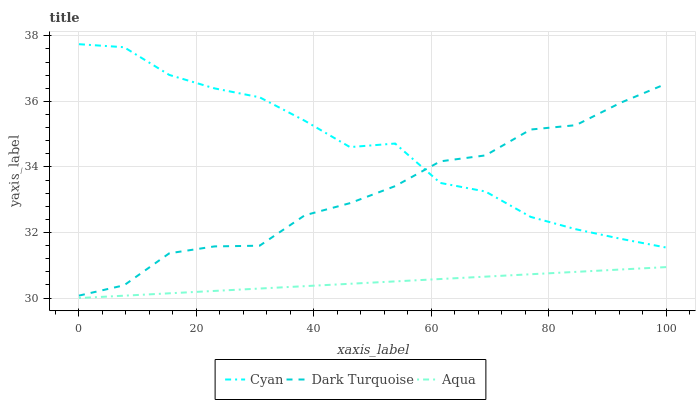
| xaxis_label | Cyan | Dark Turquoise | Aqua |
 | --- | --- | --- | --- |
 | 0 | 37.7 | 30.1 | 30 |
 | 7.69 | 37.7 | 30.4 | 30.1 |
 | 15.4 | 36.8 | 31.4 | 30.1 |
 | 23.1 | 36.4 | 31.6 | 30.2 |
 | 30.8 | 36.1 | 31.6 | 30.3 |
 | 38.5 | 35.4 | 32.5 | 30.4 |
 | 46.2 | 34.6 | 32.9 | 30.4 |
 | 53.8 | 34.7 | 33.4 | 30.5 |
 | 61.5 | 33.5 | 34.2 | 30.6 |
 | 69.2 | 33.3 | 34.4 | 30.7 |
 | 76.9 | 32.5 | 35.1 | 30.7 |
 | 84.6 | 32.1 | 35.3 | 30.8 |
 | 92.3 | 31.8 | 36 | 30.9 |
 | 100 | 31.5 | 36.5 | 30.9 |